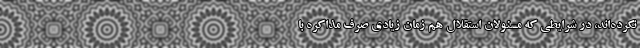
نکرده‌اند، در شرایطی که مسئولان استقلال هم زمان زیادی صرف مذاکره با